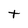
Character: t